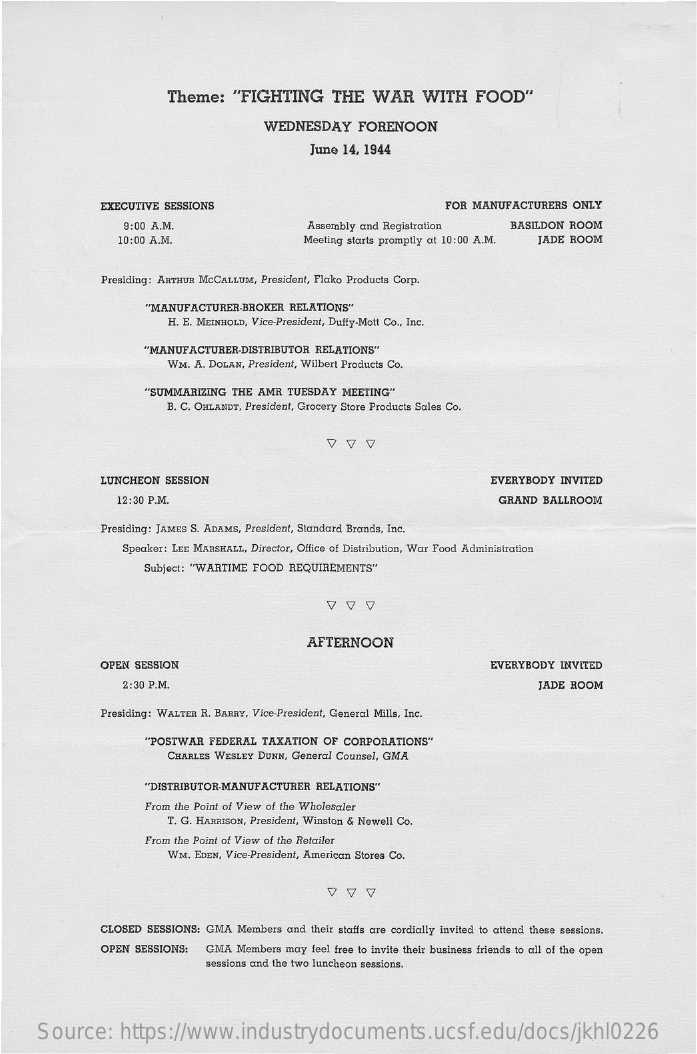
Theme:    "FIGHTING    THE   WAR    WITH    FOOD"
     WEDNESDAY    FORENOON
     June 14, 1944
     EXECUTIVE SESSIONS    FOR MANUFACTURERS   ONLY
     9:00 A.M.    Assembly and Registration    BASILDON ROOM
     10:00 A.M.    Meeting starts promptly at 10:00 A.M. JADE ROOM
     Presiding: ARTHUR McCALLUM, President, Flako Products Corp.
     "MANUFACTURER-BROKER   RELATIONS"
     H. E. MEINHOLD, Vice-President, Duffy-Mott Co ., Inc.
     "MANUFACTURER-DISTRIBUTOR  RELATIONS"
     WM. A. DOLAN, President, Wilbert Products Co.
     "SUMMARIZING  THE AMR  TUESDAY MEETING"
     B. C. OHLANDT, President, Grocery Store Products Sales Co.
     V  V  V
     LUNCHEON  SESSION    EVERYBODY  INVITED
     12:30 P.M.    GRAND  BALLROOM
     Presiding: JAMES S. ADAMS, President, Standard Brands, Inc.
     Speaker: LEE MARSHALL, Director, Office of Distribution, War Food Administration
     Subject: "WARTIME FOOD REQUIREMENTS"
     V  V
     AFTERNOON
     OPEN SESSION    EVERYBODY  INVITED
     2:30 P.M.    JADE ROOM
     Presiding: WALTER R. BARRY, Vice-President, General Mills, Inc.
     "POSTWAR  FEDERAL  TAXATION OF  CORPORATIONS"
     CHARLES WESLEY DUNN, General Counsel, GMA
     "DISTRIBUTOR-MANUFACTURER  RELATIONS"
     From the Point of View of the Wholesaler
     T. G. HARRISON, President, Winston & Newell Co.
     From the Point of View of the Retailer
     WM. EDEN, Vice-President, American Stores Co.
     V  V  V
     CLOSED SESSIONS: GMA  Members and their staffs are cordially invited to attend these sessions.
     OPEN SESSIONS:   GMA  Members may feel free to invite their business friends to all of the open
     sessions and the two luncheon sessions.
     Source:    https://www.industrydocuments.ucsf.edu/docs/jkhl0226